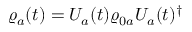
\varrho _ { a } ( t ) = U _ { a } ( t ) \varrho _ { 0 a } U _ { a } ( t ) ^ { \dagger }